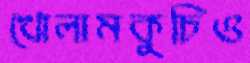
খোলামকুচিও